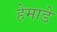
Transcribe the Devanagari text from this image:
हेमाडे